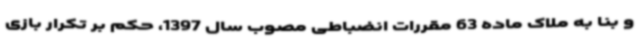
و بنا به ملاک ماده 63 مقررات انضباطی مصوب سال 1397، حکم بر تکرار بازی